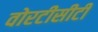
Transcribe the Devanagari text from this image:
वोरटीसीटी